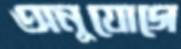
অনুযোগে